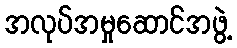
အလုပ်အမှုဆောင်အဖွဲ့